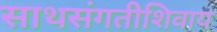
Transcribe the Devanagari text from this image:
साथसंगतीशिवाय